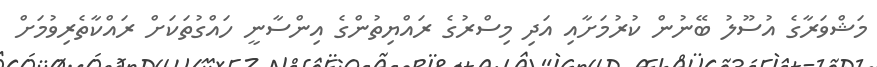
މަޝްވަރާގެ އުސޫލު ބޭނުން ކުރުމަށާއި އަދި މިސްރުގެ ރައްޔިތުންގެ އިންސާނީ ހައްގުތަކަށް ރައްކާތެރިވުމަށް